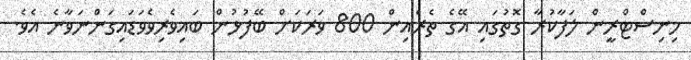
މިނިސްޓްރީން ލަފާކުރާ ގޮތުގައި އޭގެ ތެރެއިން 800 ވަރަކަށް ބޭފުޅުން ބައިވެރިވެވަޑައިގަންނަވާނެ އެވެ.